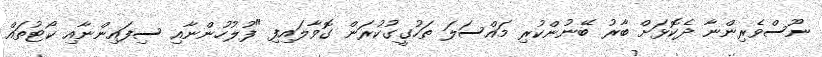
ނޫސްވެރިންނާ ދެކޮޅަށް ބާރު ބޭނުންކުރި މައްސަލަ ތަހުގީގުކުރަން ގޮވާލައިފި "ފުލުހުންނާއި ސިފައިންނާއި ކޯޓުތައް